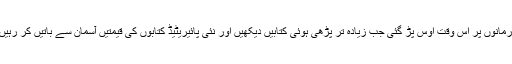
لیکن ارمانوں پر اُس وقت اوس پڑ گئی جب زیادہ تر پڑھی ہوئی کتابیں دیکھیں اور نئی پائیریٹیڈ کتابوں کی قیمتیں آسمان سے باتیں کر رہیں تھیں۔